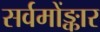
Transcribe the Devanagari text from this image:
सर्वमोंङ्कार